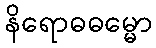
နိရောဓဓမ္မော